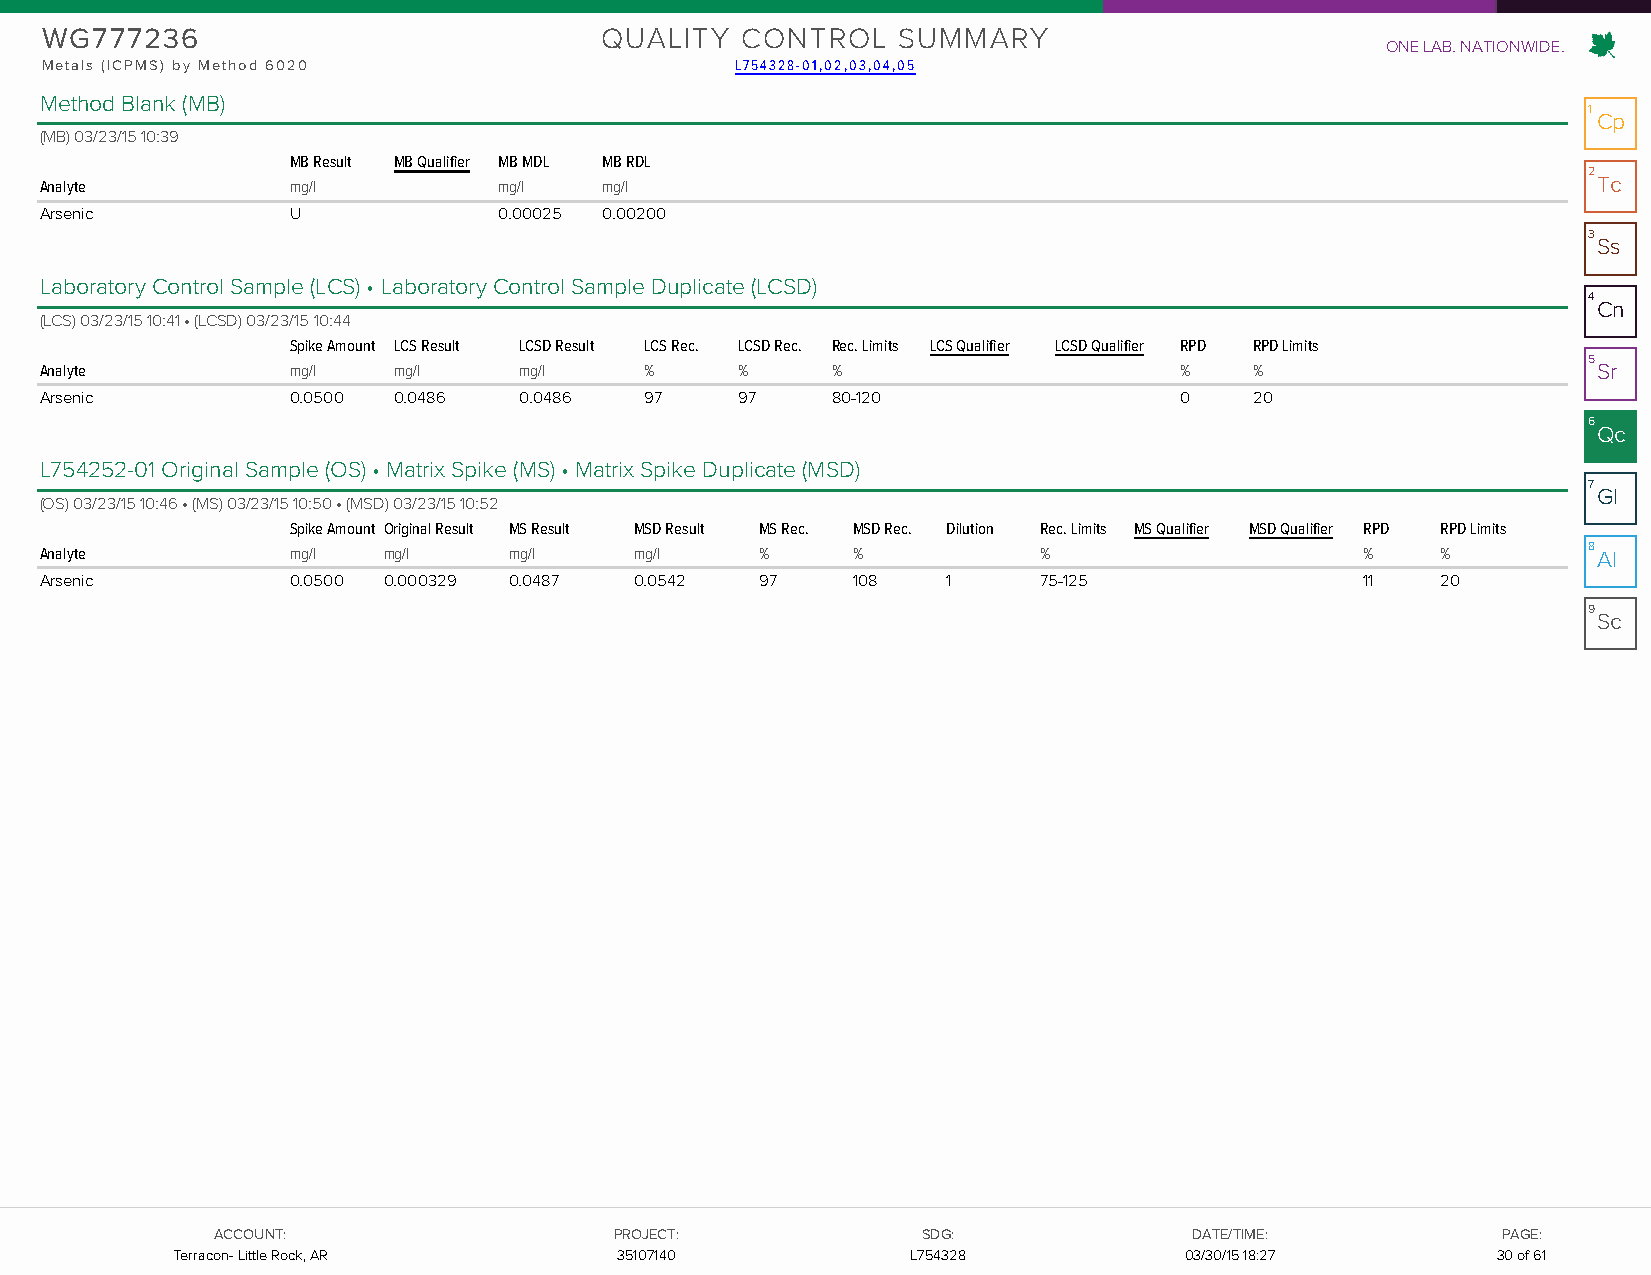
WG777236                             QUALITY  CONTROL   SUMMARY
 ONE LAB. NATIONWIDE.
 Metals (ICPMS) by Method 6020                 L754328-01,02,03,04,05
 Method Blank (MB)
 1
 Cp
 (MB) 03/23/15 10:39
 MB Result MB Qualifier MB MDL MB RDL
 2
 Analyte         mg/l          mg/l   mg/l                                                              Tc
 Arsenic         U             0.00025 0.00200
 3
 Ss
 Laboratory Control Sample (LCS) • Laboratory Control Sample Duplicate (LCSD)
 4
 Cn
 (LCS) 03/23/15 10:41 • (LCSD) 03/23/15 10:44
 Spike Amount LCS Result LCSD Result LCS Rec. LCSD Rec. Rec. Limits LCS Qualifier LCSD Qualifier RPD RPD Limits
 5
 Analyte         mg/l   mg/l    mg/l     %     %     %                      %    %                      Sr
 Arsenic         0.0500 0.0486  0.0486   97    97    80-120                 0    20
 6
 Qc
 L754252-01 Original Sample (OS) • Matrix Spike (MS) • Matrix Spike Duplicate (MSD)
 7
 Gl
 (OS) 03/23/15 10:46 • (MS) 03/23/15 10:50 • (MSD) 03/23/15 10:52
 Spike Amount Original Result MS Result MSD Result MS Rec. MSD Rec. Dilution Rec. Limits MS Qualifier MSD Qualifier RPD RPD Limits
 Analyte         mg/l  mg/l     mg/l    mg/l    %     %            %                    %    %         8 Al
 Arsenic         0.0500 0.000329 0.0487 0.0542  97    108    1     75-125               11   20
 9
 Sc
 AACCCCOOUUNNTT::           PPRROOJJEECCTT::    SSDDGG::          DDAATTEE//TTIIMMEE:: PPAAGGEE::
 TTeerrrraaccoonn-- LLiittttllee RRoocckk,, AARR 3355110077114400 LL775544332288 0033//3300//1155 1186::2377 3300 ooff 6611